Civil Veterinary Department. United Provinces 1932-42 - 1932-1942
Year: 1932
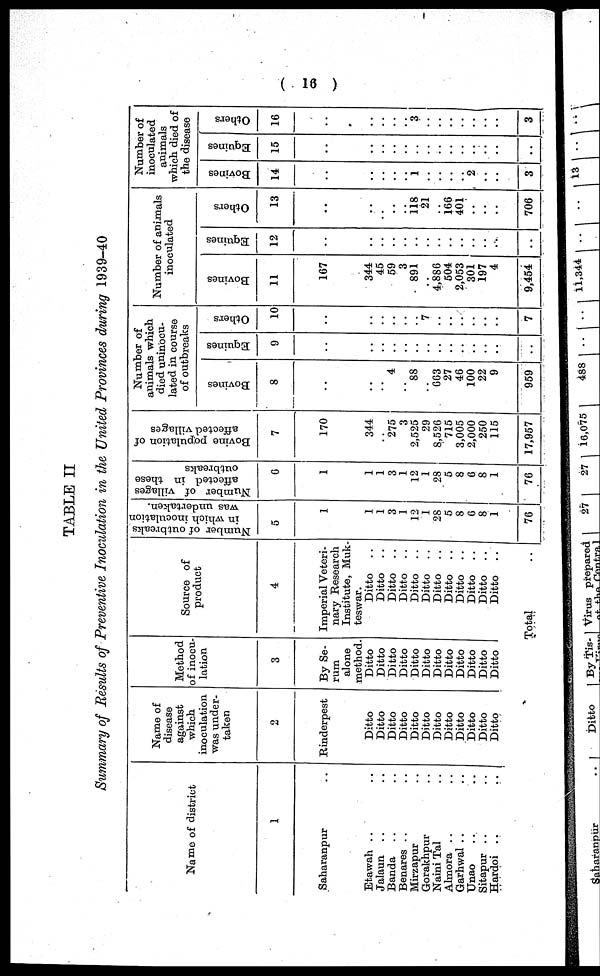
( 16 )
TABLE II
Summary of Results of Preventive Inoculation in the United Provinces during 1939-40
Name of district
1
Saharanpur ..
Etawah .. ..
Jalaun .. ..
Banda .. ..
Benares .. ..
Mirzapur ..
Gorakhpur ..
Naini Tal ..
Almora .. ..
Garhwal .. ..
Unao .. ..
Sitapur .. ..
Hardoi .. ..
Name of
disease
against
which
inoculation
was under-
taken
2
Rinderpest
Ditto
Ditto
Ditto
Ditto
Ditto
Ditto
Ditto
Ditto
Ditto
Ditto
Ditto
Ditto
Method
of inocu-
lation
3
By Se-
rum
alone
method.
Ditto
Ditto
Ditto
Ditto
Ditto
Ditto
Ditto
Ditto
Ditto
Ditto
Ditto
Ditto
Source of
product
4
Imperial Veteri-
nary Research
Institute, Muk-
teswar.
Ditto
..
Ditto ..
Ditto ..
Ditto ..
Ditto
..
Ditto
..
Ditto ..
Ditto ..
Ditto ..
Ditto ..
Ditto
..
Ditto ..
Total ..
Number of outbreaks
in which inoculation
was undertaken.
5
1
1
1
3
1
12
1
28
5
8
6
8
1
76
Number of villages
affected in these
outbreaks
6
1
1
1
3
1
12
1
28
5
8
6
8
1
76
Bovine population of
affected villages
7
170
344
..
275
3
2,525
29
8,526
715
3,005
2,000
250
115
17,957
Number of
animals which
died uninocu-
lated in course
of outbreaks
Bovines
8
..
..
..
4
..
88
..
663
27
46
100
22
9
959
Equines
9
..
..
..
..
..
..
..
..
..
..
..
..
..
..
Others
10
..
..
..
..
..
..
7
..
..
..
..
..
..
7
Number of animals
inoculated
Bovines
11
167
344
45
59
3
891
..
4,886
504
2,053
301
197
4
9,454
Equines
12
..
..
..
..
..
..
..
..
..
..
..
..
..
..
Others
13
..
..
..
..
..
118 21
..
166
401
..
..
..
706
Number of
inoculated
animals
which died of
the disease
Bovines
14
..
..
..
..
..
1
..
..
..
..
2
..
..
3
Equines
15
..
..
..
..
..
..
..
..
..
..
..
..
..
..
Others
16
..
..
..
..
..
3
..
..
..
..
..
..
..
3